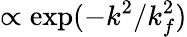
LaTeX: \propto\exp(-k^{2}/k_{f}^{2})